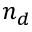
n _ { d }